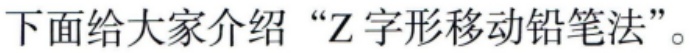
下面给大家介绍 “Z 字形移动铅笔法”。